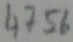
Text: 4756